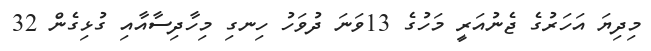
މިދިޔަ އަހަރުގެ ޖެނުއަރީ މަހުގެ 13ވަނަ ދުވަހު ހިނގި މިހާދިސާއާއި ގުޅިގެން 32